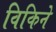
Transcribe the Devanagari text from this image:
विकिने